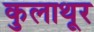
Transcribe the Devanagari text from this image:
कुलाथूर